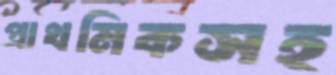
প্রাথমিকসহ